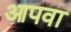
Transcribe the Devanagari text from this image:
आपवा